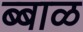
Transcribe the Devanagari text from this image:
ब्बाळ